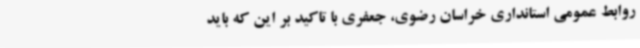
روابط عمومی استانداری خراسان رضوی، جعفری با تاکید بر این که باید